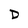
Character: D